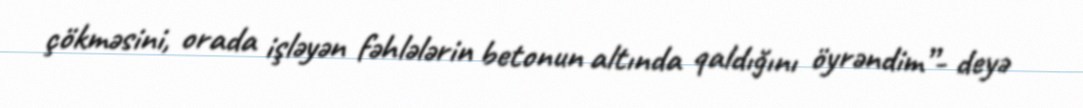
çökməsini, orada işləyən fəhlələrin betonun altında qaldığını öyrəndim”- deyə